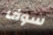
سوف